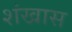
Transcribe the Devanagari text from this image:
शंखास